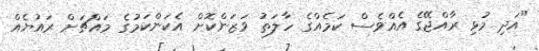
"އަދި މުޅި ރާއްޖޭގެ އެއްވެސް ކަމެއްގެ ހާލަތު ވަޒަންކޮށް އެކަންކަމުގެ މައްޗަށް ރައުޔެއް